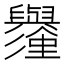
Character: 𱼱